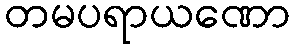
တမပရာယဏော